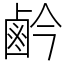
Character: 鹶